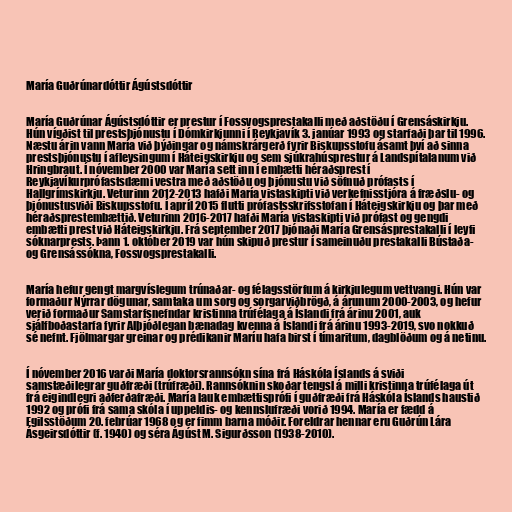
María Guðrúnardóttir Ágústsdóttir

María Guðrúnar Ágústsdóttir er prestur í Fossvogsprestakalli með aðstöðu í Grensáskirkju.
Hún vígðist til prestsþjónustu í Dómkirkjunni í Reykjavík 3. janúar 1993 og starfaði þar til 1996.
Næstu árin vann María við þýðingar og námskrárgerð fyrir Biskupsstofu ásamt því að sinna
prestsþjónustu í afleysingum í Háteigskirkju og sem sjúkrahúsprestur á Landspítalanum við
Hringbraut. Í nóvember 2000 var María sett inn í embætti héraðsprest í
Reykjavíkurprófastsdæmi vestra með aðstöðu og þjónustu við söfnuð prófasts í
Hallgrímskirkju. Veturinn 2012-2013 hafði María vistaskipti við verkefnisstjóra á fræðslu- og
þjónustusviði Biskupsstofu. Í apríl 2015 flutti prófastsskrifsstofan í Háteigskirkju og þar með
héraðsprestembættið. Veturinn 2016-2017 hafði María vistaskipti við prófast og gengdi
embætti prest við Háteigskirkju. Frá september 2017 þjónaði María Grensásprestakalli í leyfi
sóknarprests. Þann 1. október 2019 var hún skipuð prestur í sameinuðu prestakalli Bústaða-
og Grensássókna, Fossvogsprestakalli.

María hefur gengt margvíslegum trúnaðar- og félagsstörfum á kirkjulegum vettvangi. Hún var
formaður Nýrrar dögunar, samtaka um sorg og sorgarviðbrögð, á árunum 2000-2003, og hefur
verið formaður Samstarfsnefndar kristinna trúfélaga á Íslandi frá árinu 2001, auk
sjálfboðastarfa fyrir Alþjóðlegan bænadag kvenna á Íslandi frá árinu 1993-2019, svo nokkuð
sé nefnt. Fjölmargar greinar og prédikanir Maríu hafa birst í tímaritum, dagblöðum og á netinu.

Í nóvember 2016 varði María doktorsrannsókn sína frá Háskóla Íslands á sviði
samstæðilegrar guðfræði (trúfræði). Rannsóknin skoðar tengsl á milli kristinna trúfélaga út
frá eigindlegri aðferðafræði. María lauk embættisprófi í guðfræði frá Háskóla Íslands haustið
1992 og prófi frá sama skóla í uppeldis- og kennslufræði vorið 1994. María er fædd á
Egilsstöðum 20. febrúar 1968 og er fimm barna móðir. Foreldrar hennar eru Guðrún Lára
Ásgeirsdóttir (f. 1940) og séra Ágúst M. Sigurðsson (1938-2010).